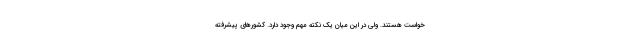
خواست هستند. ولی در این میان یک نکته مهم وجود دارد. کشورهای پیشرفته